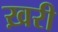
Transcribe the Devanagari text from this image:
ख़री